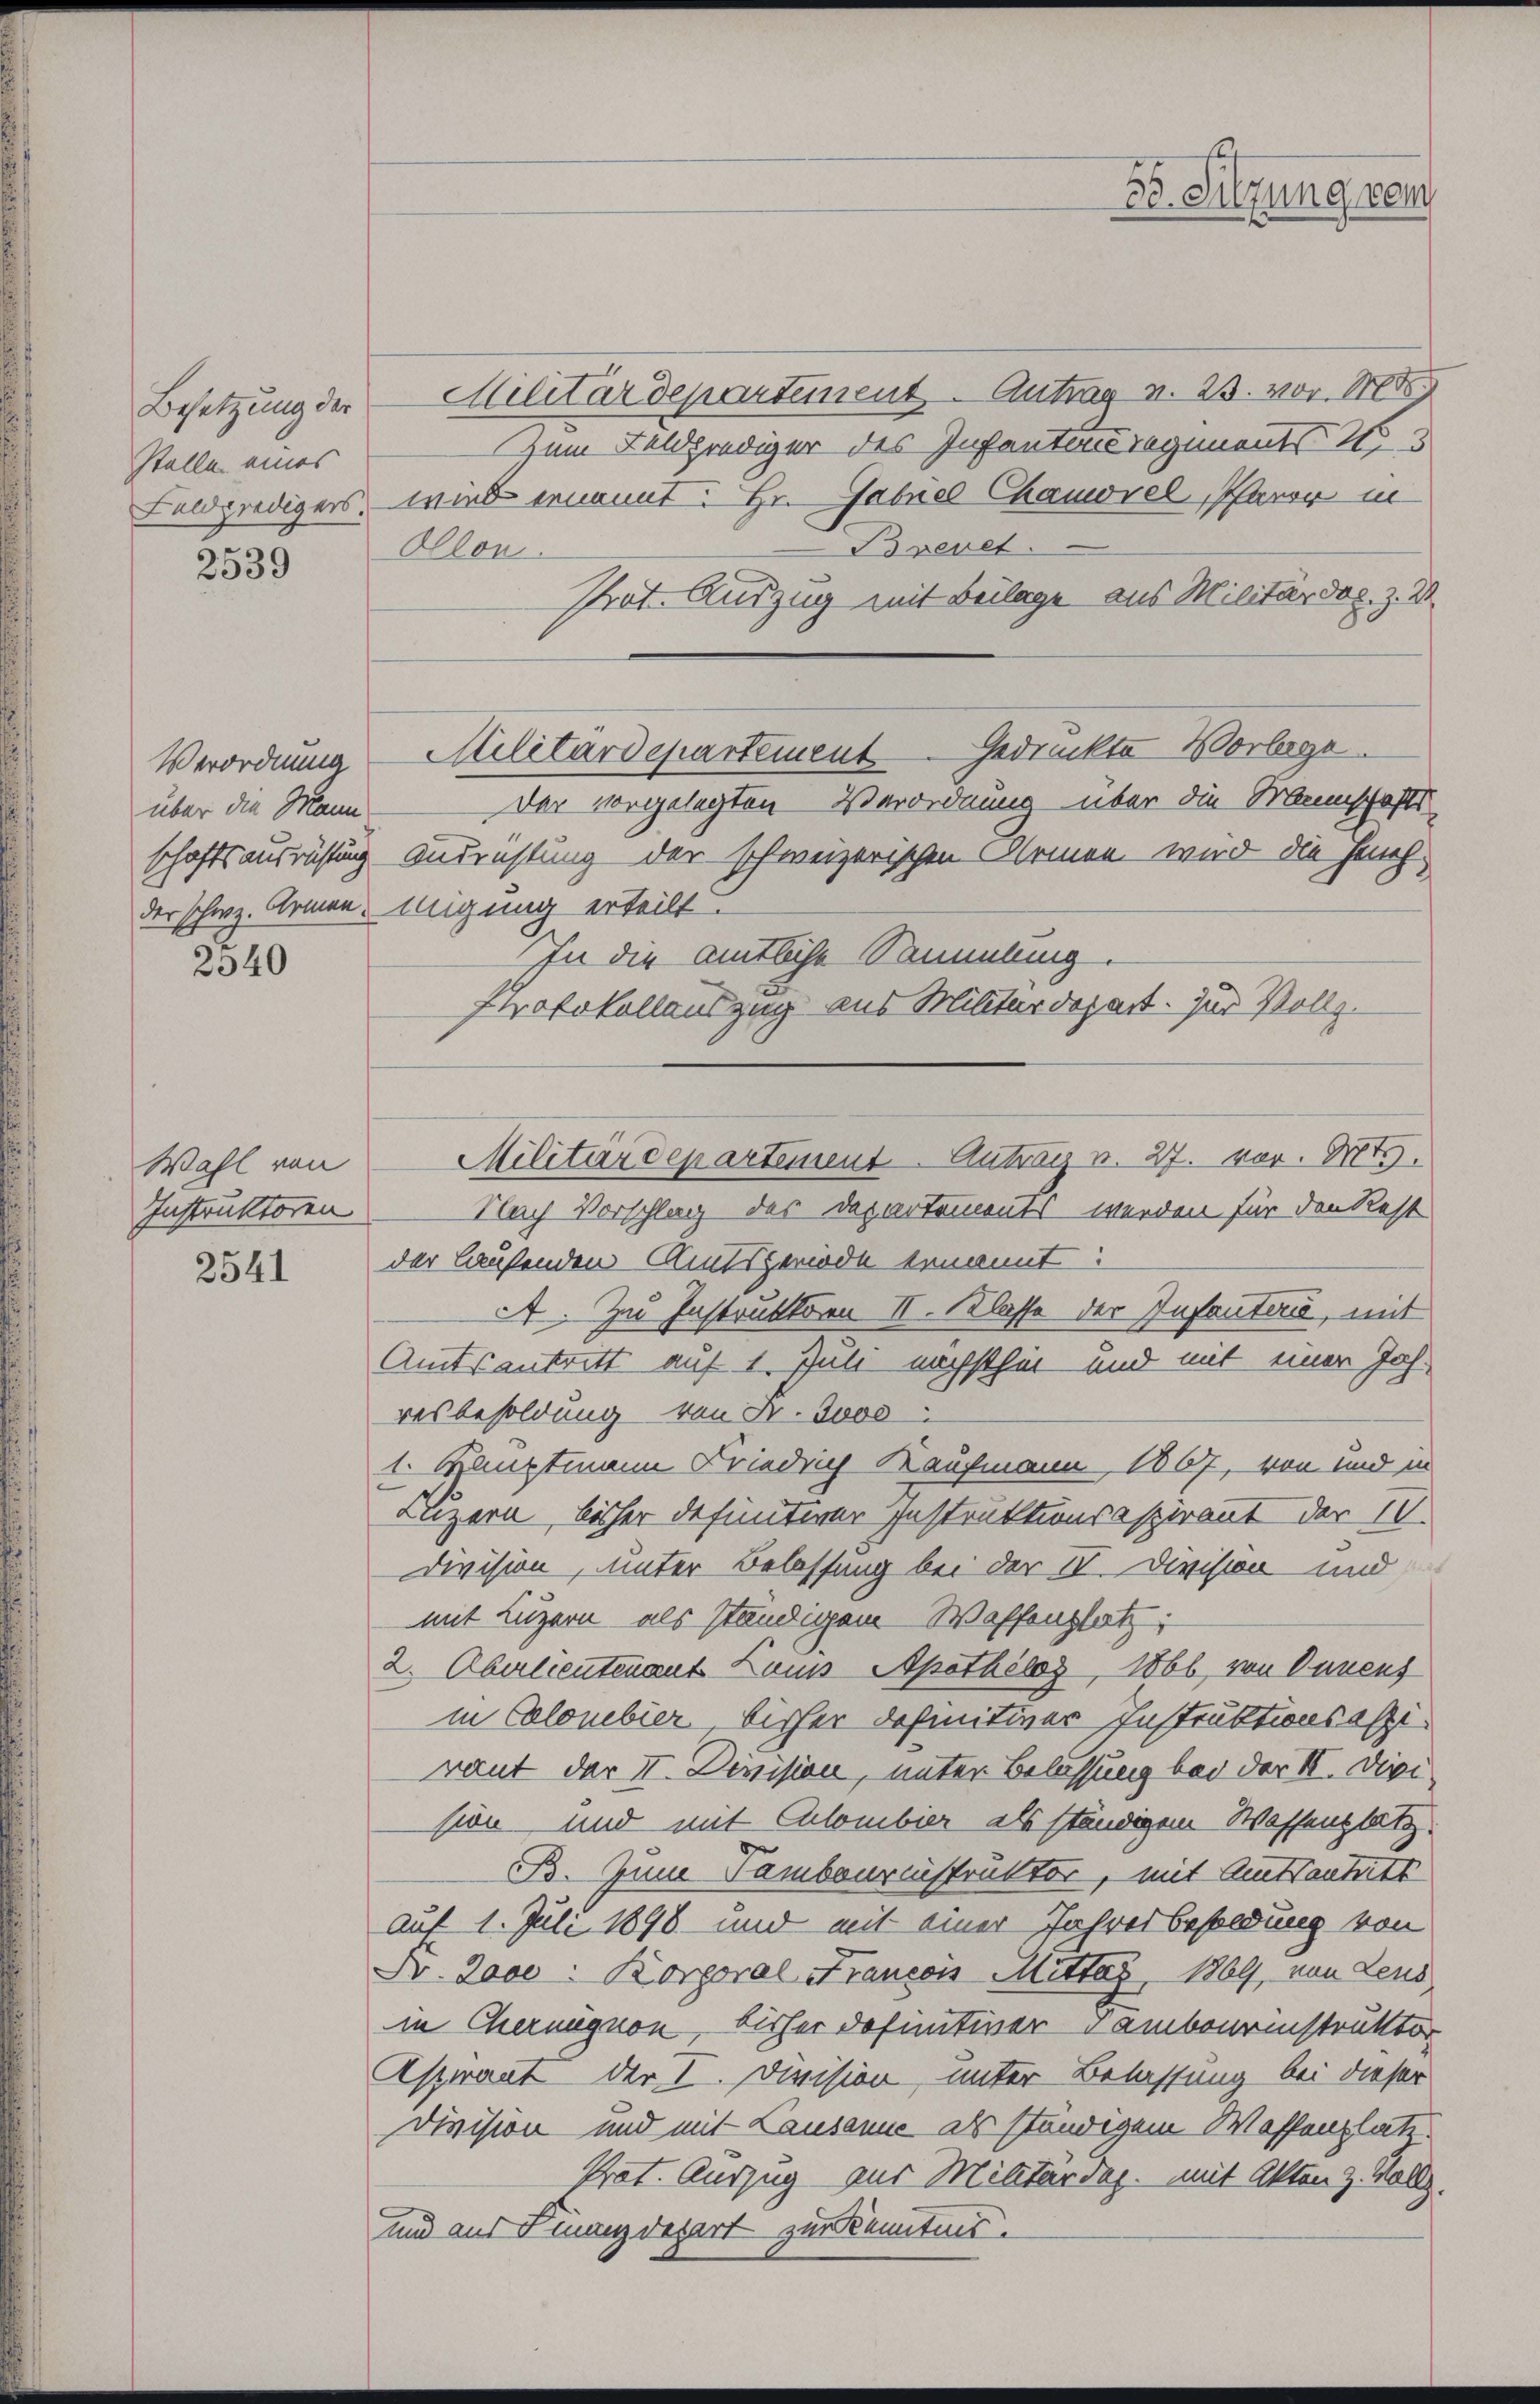
Besetzung der
Stelle eines

2539

Verordnung
über die Mann
schaftsausrüstung
der schweiz. Armen.
2540

Wahl von
Instruktoren

2541

Militärdepartement. Antrag v. 23. vor. M
Zum Feldprediger des Infanten regiments
Feldpredigers, wie ernannt: Hr. Gabnel Chauxel, Pfarrer in
Brevet
Ollon
Prot. Auszug mit Beilage aus Militärdep. z. B.
Militärdepartement Gedruckte Vorlege

Andrüstung der schweizerischen Armen wird die Heuchmigung erteilt.
In die amtliche Sammlung.
Protokollauszug aus Militärdepart. zur Vollz

30. Sitzung von

Nach Vorschlag des Departements werden für den Rest
der laufenden Amtsgeriode benannt:
A. Zu Instruktion II. Klasse der Infanten, mit
Amtsantritt auf 1. Juli nächsthet und mit einer Jahresbesoldung von Fr. Jos
1. Hauptmann Friedrich Kaufmann 1867, von und in
Luzern, bisher defuntiver Instruktionsspirant der 10.
Division, unter Belassung bei der IV. Division und
mit Luzern als ständigem Waffenplatz:
2. Oberlieutenant Laus Apothöloz, 1866, von Bauens
in Colombier bisher definitiver Instruktionsoffiraut der II. Devision, unter Belassung bei der II. Die
sion und mit Calombier als ständigem Wassenplatz.
B. Zum Sambournistruktor, mit Amtsantritt
Auf 1. Juli 1898 und mit einer Jahresbesoldung von
Dr. Jove: Korporal Francois Mittag 1869, von Leus
in Chernagnon, bisher definitiver Sambournistruktor
Aspirant der I. Division unter Belassung bei dieser
Division und mit Lausanne als ständigem Waffenplatz.
Prot. Auszug zur Militärdep. mit Akten z. Vollz.
und aus Finanzdepart zur Kenntnis.

Militärdepartement. Antrag v. 27. vor. Mts.

Der vorgelegten Verordnung über die Mannschafts-